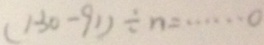
( 1 3 1 - 9 1 ) \div n = \cdots 0